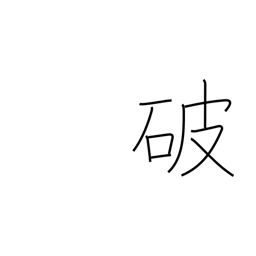
Meaning: rip